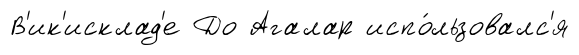
В'ик'исклад'е До Агалар испо́льзовалс'я